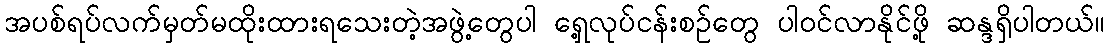
အပစ်ရပ်လက်မှတ်မထိုးထားရသေးတဲ့အဖွဲ့တွေပါ ရှေ့လုပ်ငန်းစဉ်တွေ ပါဝင်လာနိုင်ဖို့ ဆန္ဒရှိပါတယ်။